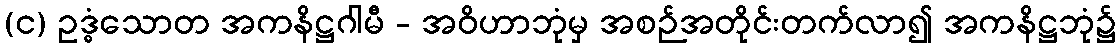
(င) ဥဒ္ဓံသောတ အကနိဋ္ဌဂါမီ - အဝိဟာဘုံမှ အစဉ်အတိုင်းတက်လာ၍ အကနိဋ္ဌဘုံ၌